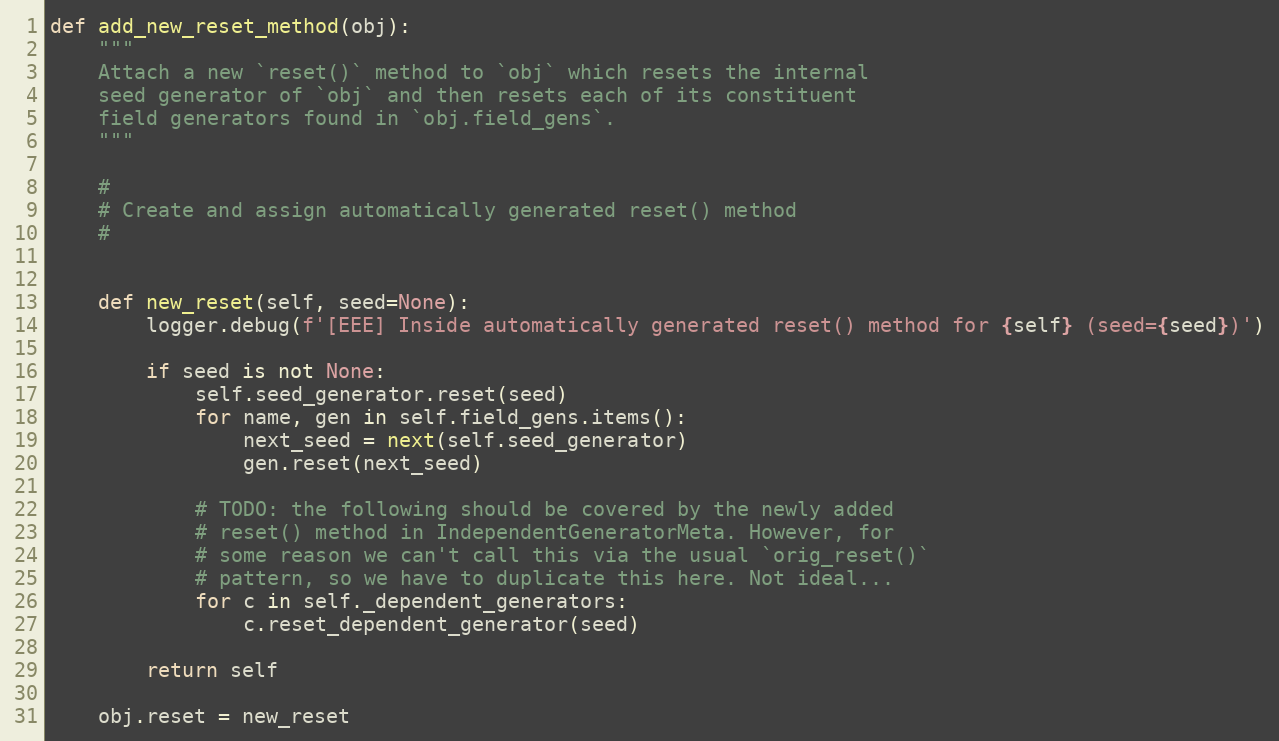
Language: Python
def add_new_reset_method(obj):
    """
    Attach a new `reset()` method to `obj` which resets the internal
    seed generator of `obj` and then resets each of its constituent
    field generators found in `obj.field_gens`.
    """

    #
    # Create and assign automatically generated reset() method
    #

    def new_reset(self, seed=None):
        logger.debug(f'[EEE] Inside automatically generated reset() method for {self} (seed={seed})')

        if seed is not None:
            self.seed_generator.reset(seed)
            for name, gen in self.field_gens.items():
                next_seed = next(self.seed_generator)
                gen.reset(next_seed)

            # TODO: the following should be covered by the newly added
            # reset() method in IndependentGeneratorMeta. However, for
            # some reason we can't call this via the usual `orig_reset()`
            # pattern, so we have to duplicate this here. Not ideal...
            for c in self._dependent_generators:
                c.reset_dependent_generator(seed)

        return self

    obj.reset = new_reset